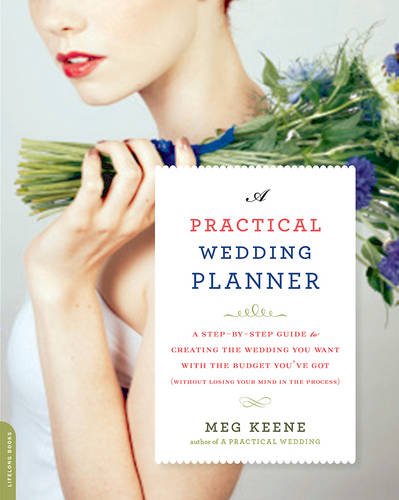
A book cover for A Practical Wedding Planner: A Step-by-Step Guide to Creating the Wedding You Want with the Budget You've Got (without Losing Your Mind in the Process); Meg Keene; Crafts, Hobbies & Home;